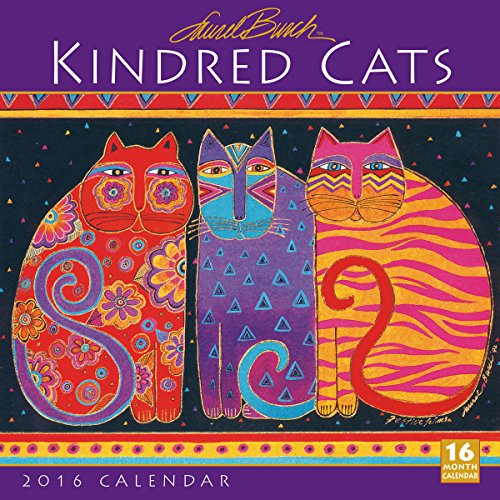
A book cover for Kindred Cats 2016 Wall Calendar; Laurel Burch; Calendars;